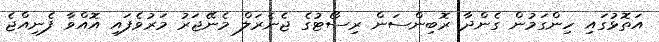
އަތޮޅުގައި ހިންގަމުން ގެންދާ ރޮބިންސަން ރިސޯޓުގެ ޖެނެރަލް މެނޭޖަރު މަރުވެފައި އޮއްވާ ފެނިއްޖެ